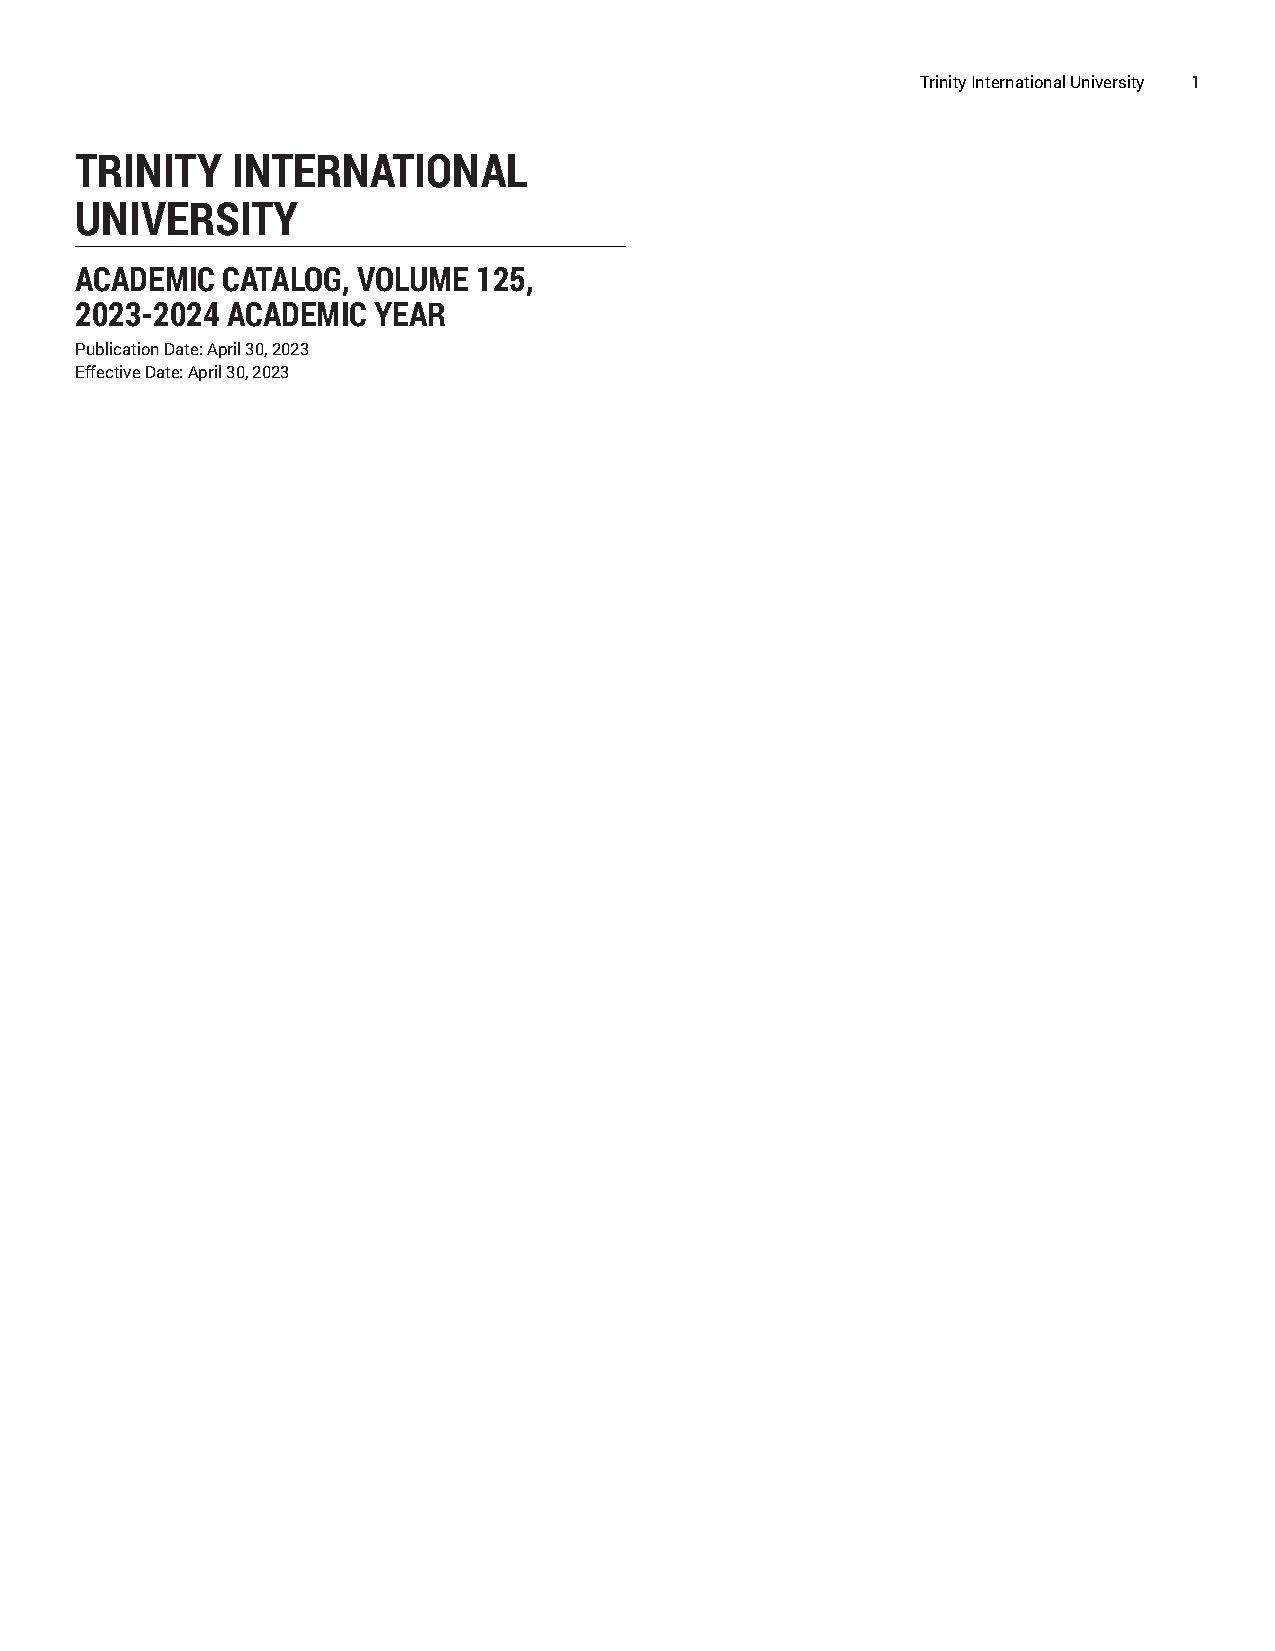
Trinity International University 1
 TRINITY   INTERNATIONAL
 UNIVERSITY
 ACADEMIC  CATALOG, VOLUME  125,
 2023-2024 ACADEMIC  YEAR
 Publication Date: April 30, 2023
 Effective Date: April 30, 2023